[Report on the health of British troops in the Madras command]
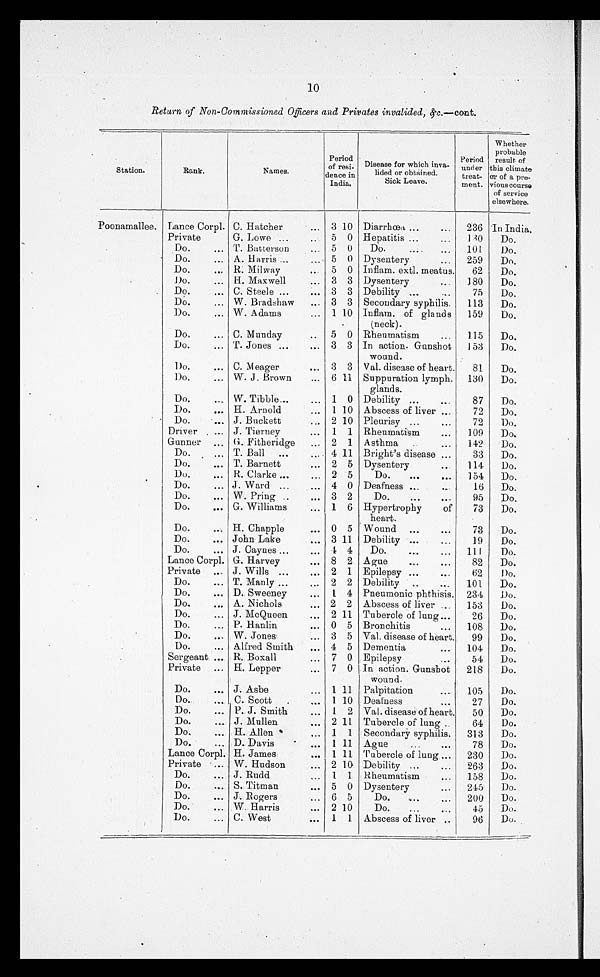
10
Return of Non-Commissioned Officers and Privates invalided, &.c..--cont.
Station.
Rank.
Names.
Period .
of resi-
dence in
India.
Disease for which nva-
Tided or obtained.
Sick Leave.
Period
under
meat.
whether
probable
.
result. of
climate
of a pre-
course
of service
elsewhere.
Poonamallee. Lance Corpl. C. Hatcher
. . . . 3 10 Diarrhoæa ...
...
236 In India,
Private
G. Lowe ...
..
5 0 Hepatitis '...
...
1.30
Do.
.
Do.
... T. Batterson
5 0
Do.
...
101
Do.
Do.
... A.. Harris ..,
... 5 0 Dysentery
...
259
Do.
Do.
... R Milway
5 0 Inflam. extl. meatus.
62
Do.
.
Do.
... H. Maxwell
... 3 3 Dysentery
...
180
Do.
.
Do.
... C. Steele ...
. . . 3 3 Debility ...
..
75
Do.
Do.
... W. Bradshaw
... 3 3 Secondary syphilis.
113
Do.
Do,
... W. Adams
... 1 10
.
Inflam. of glands
(neck).
159
Do.
Do.
... C. Mun day
. . 5 0 Rheumatism
..,
115
Do.
Do.
... T. Jones ...
. . . 3 3 In action. Gunshot
wound.
153
Do.
Do.
... C. Meager
3 3 Val. disease of heart.
81
Do.
Do.
... W. J. Brown
... 6 11 Suppuration lymph.
glands.
130
Do.
Do.
.., W. Tibble...
... 1 0 Debility ...
...
87
Do.
Do.
... H. Arnold
... 1 10 Abscess of liver ...
72
Do.
Do.
. . . . J. Buckett
... 2 10 Pleurisy ...
...
72
Do.
Driver . ... J. Tierney
. . . 1 1 Rheumatism
...
109
Do.
Gunner ... G. Fitheridge
... 2 1 Asthma
..
...
142
Do.
Do.
... T. Ball
...
... 4 11 Bright's disease ...
33
Do.
.
Do.
... T. Barnett
. . . 2 5 Dysentery
...
114
Do.
Do.
... R. Clarke ...
... 2 5
Do.
...
...
154
Do.
Do.
. J. Ward ...
... 4 0 Deafness ...
16
Do.
Do.
. . . W. Pring ..
... 3 2
Do.
...
95
Do.
Do.
... G. Williams
... 1 6 Hypertrophy
of
heart.
73
Do.
Do.
... H. Chapple
... 0 5 Wound ...
. . .
73 .Do.
Do.
... John Lake
... 3 11 Debility
...
19
Do.
Do.
... J. Caynes ...
... .4 4
Do.
...
...
111
Do.
Lance Corpl. G. Harvey
. . 8 2 Ague
...
..
82
Do.
Private
... J. Wills ...
— 2 1 Epilepsy ...
.
62
Do.
Do.
... T. Manly ...
... 2 2 Debility
..
.
101
Do.
Do.
... D. Sweeney
. . 1 4 Pneumonic phthisis.
234
Do.
Do.
A Nichols
...
A.
2 2 Abscess of liver
153
Do.
...
Do.
J. McQueen
... 2 11 Tubercle of lung...
26
Do.
„.
Do.
... P. Hanlin
0 5 Bronchitis
...
108
Do,
'
Do.
... W. Jones
... 3 5 Val. disease of heart.
99
Do.
Do.
..
Alfred Smith
.. 4 5 Dementia
...
104
Do.
.
Sergeant ... R. Boxall
... 7 0 Epilepsy
...
54
Do.
Private
... H. Lepper
. . . 7 0 In action. Gunshot
wound.
218
Do.
Do.
... J. Asbe
... 1 11 Palpitation
...
105
Do.
Do.,
... C. Scott
,
... 1 10 Deafness
. .
27
Do.
Do.
... P. J. Smith
... 1 2 Val. disease of heart.
50
Do.
Do.
... J. Mullen
— 2 11 Tubercle of lung ..
64
Do.
Do.
... H. Allen
... 1 1 Secondary syphilis.
313
Do.
Do.
... D. Davis
. . .
1 11 Ague
...
. . .
78
Do.
Lance Corpl. H. James
0
1
11 Tubercle of lung ...
230
Do.
Private
. .
W. Hudson
... 2 10 Debility ...
...
263
Do.
Do.
... J. Rudd
,.. 1 1 Rheumatism
...
158
Do.
Do.
... S. Titman
... 5 0 Dysentery
...
245
Do.
Do.
... J. Rogers
6 5
Do.
...
...
200
Do.
Do.
,. W. Harris
. 2 10
Do.
...
. .
45
Do.
Do.. C. West
. . .
1 1 Abscess of liver ..
96
Do.